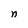
Character: n